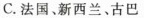
C.法国、新西兰、古巴